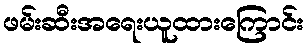
ဖမ်းဆီးအရေးယူထားကြောင်း